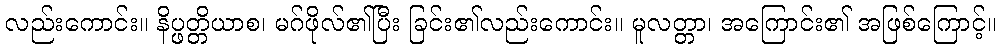
လည်းကောင်း။ နိပ္ဖတ္တိယာစ၊ မဂ်ဖိုလ်၏ပြီး ခြင်း၏လည်းကောင်း။ မူလတ္တာ၊ အကြောင်း၏ အဖြစ်ကြောင့်။